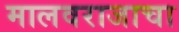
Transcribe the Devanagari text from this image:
मालवराजाचा